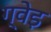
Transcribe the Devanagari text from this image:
ग्वेइ